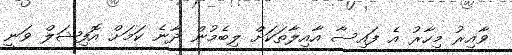
ވާއިރު މިހާރު އެ ފައިސާ އާއިލާތަކަށް ލިބެމުން ދާނެ ކަމަށް އޮފިޝަލް ވަނީ